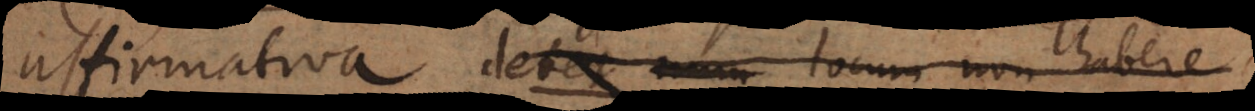
negativa debet locum non habere